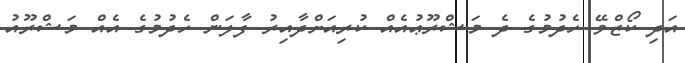
އަދި ކޯޒްވޭ ހެދުމުގެ ދެ މަޝްރޫޢުއެއް ކުރިއަށްދާއިރު ފާލަން ހެދުމުގެ އެއް މަޝްރޫއު